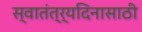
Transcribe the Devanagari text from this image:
स्वातंत्र्यदिनासाठी